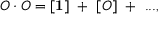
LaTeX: O \cdot O = [ { \bf 1 } ] ~ + ~ [ O ] ~ + ~ . . . ,